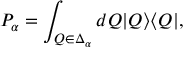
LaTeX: P _ { \alpha } = \int _ { Q \in \Delta _ { \alpha } } d Q | Q \rangle \langle Q | ,